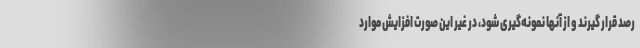
رصد قرار گیرند و از آنها نمونه‌گیری شود، در غیر این صورت افزایش موارد